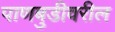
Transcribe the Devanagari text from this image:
पाणबुडीवरील